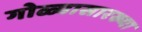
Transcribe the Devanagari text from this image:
गोळ्यासारख्या